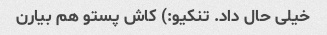
خیلی حال داد. تنکیو:) کاش پستو هم بیارن